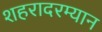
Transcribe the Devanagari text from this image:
शहरादरम्यान